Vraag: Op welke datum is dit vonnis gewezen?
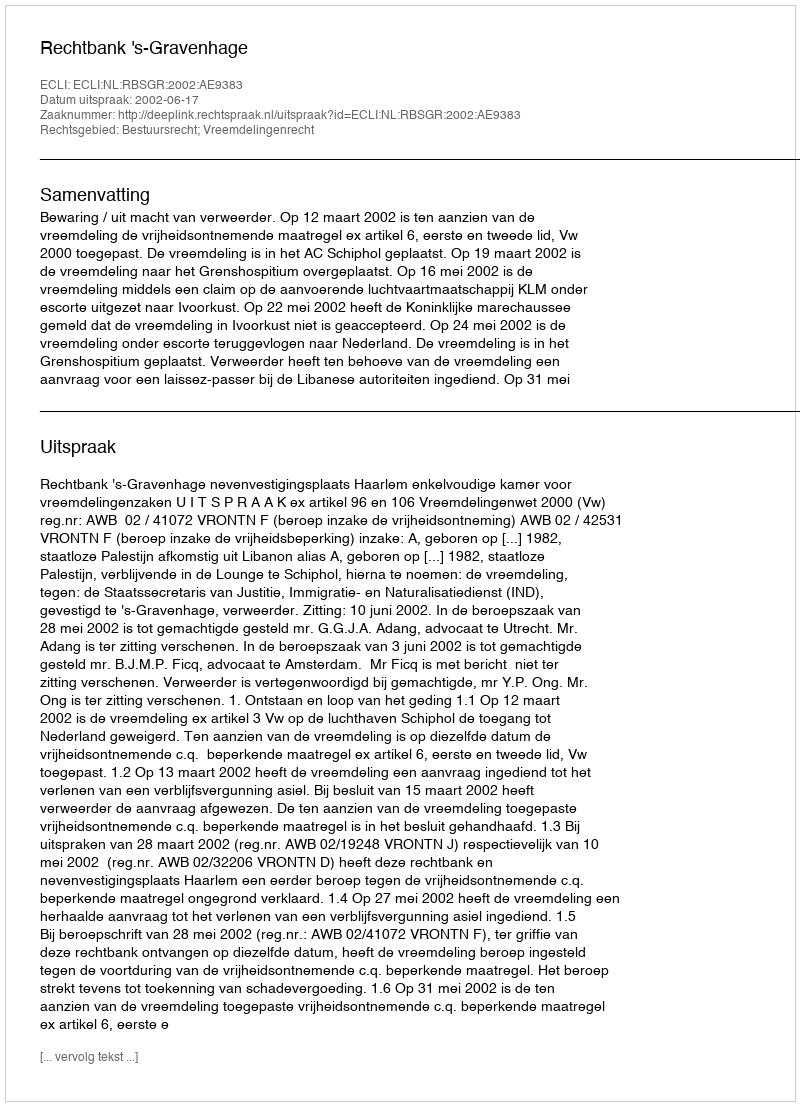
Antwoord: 2002-06-17